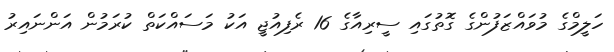
ހަލީމްގެ މުވައްޒަފުންގެ ގޮތުގައި ސީރިއާގެ 16 ރެފިއުޖީ އަކު މަސައްކަތް ކުރަމުން އަންނައިރު